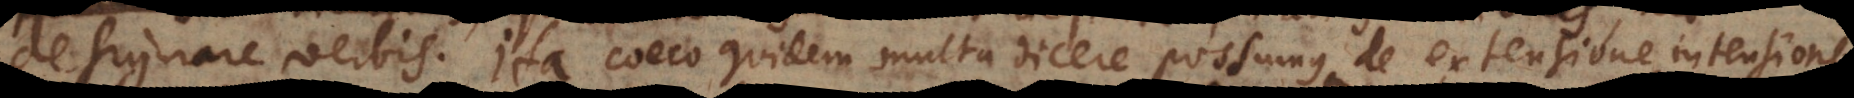
designare verbis. Ita caeco quidem multa dicere possumus de extensione, intensione,